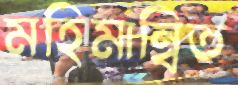
মহিমান্বিত